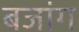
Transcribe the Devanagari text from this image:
बजांग